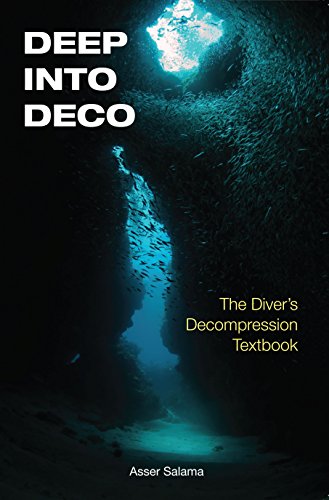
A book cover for Deep Into Deco: The Diver's Decompression Textbook; Asser Salama; Sports & Outdoors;